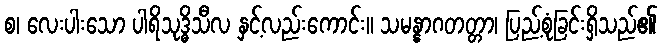
စ၊ လေးပါးသော ပါရိသုဒ္ဓိသီလ နှင့်လည်းကောင်း။ သမန္နာဂတတ္တာ၊ ပြည့်စုံခြင်းရှိသည်၏